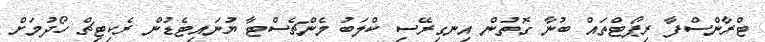
ޓްރާންސްފާ ރިޕޯޓްތައް ބުނާ ގޮތުން އިނގިރޭސި ކްލަބު މެންޗެސްޓާ ޔުނައިޓެޑުން ރެކިޓިޗް ހޯދުމަށް